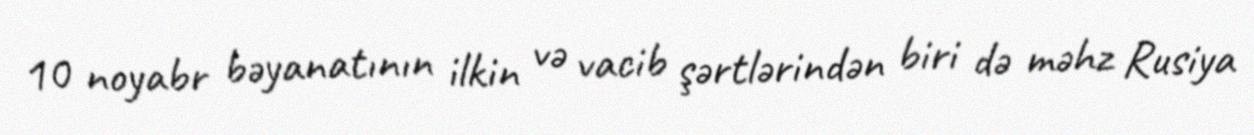
10 noyabr bəyanatının ilkin və vacib şərtlərindən biri də məhz Rusiya